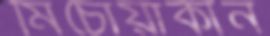
মিচোয়াকান